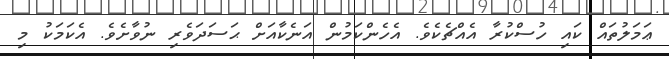
ޢަމަލުތައް ކައި ހުސްކުރާ އެއްޗެކެވެ. އެހެންކަމުން އަނެކާއަށް ޙަސަދަވެރި ނުވާށެވެ. އެކަމަކު މި